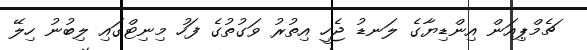
ޗެމްޕިއަން އިންޑިޔާގެ ލަނޑު ޖެހީ އިތުރު ވަގުތުގެ ފަހު މިނިޓްގައި ލިބުނު ހިލޭ